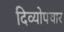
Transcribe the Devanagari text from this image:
दिव्योपचार